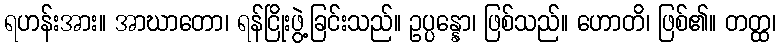
ရဟန်းအား။ အာဃာတော၊ ရန်ငြိုးဖွဲ့ခြင်းသည်။ ဥပ္ပန္နော၊ ဖြစ်သည်။ ဟောတိ၊ ဖြစ်၏။ တတ္ထ၊